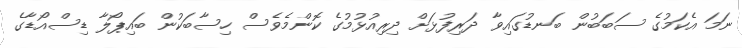
ނަމަ އެކަމުގެ ސަބަބުން ބަނޑުގައިވާ ދަރިފުޅަށް ދިރިއުޅުމުގެ ކޮންމެވެސް ހިސާބަކުން ބައިޕޯލާ ޑިސްއޯޑާގެ